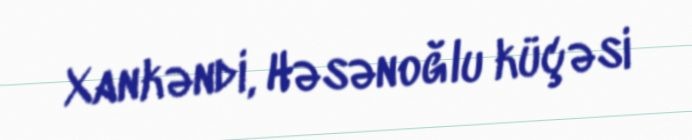
Xankəndi, Həsənoğlu küçəsi